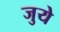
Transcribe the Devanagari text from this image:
जुये